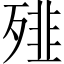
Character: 𩐁